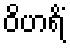
ဝိဟရိံ